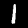
Label: 1